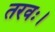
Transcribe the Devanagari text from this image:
तरवः।